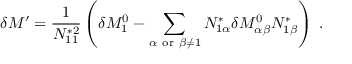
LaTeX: \delta M ^ { \prime } = \frac { 1 } { N _ { 1 1 } ^ { * 2 } } \left( \delta M _ { 1 } ^ { 0 } - \sum _ { \alpha \ \mathrm { o r } \ \beta \neq 1 } N _ { 1 \alpha } ^ { * } \delta { \cal M } _ { \alpha \beta } ^ { 0 } N _ { 1 \beta } ^ { * } \right) \, \, .